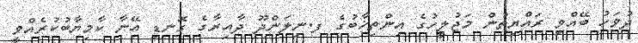
ދުވަހު ބޭއްވި ރައްޔިތުން މަޖުލީހުގެ އިންތިޚާބުގެ ފ.ނިލަންދޫ ދާއިރާގެ ގޮނޑި އޭނާ ކާމިޔާބުކުރެއްވީ